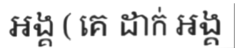
អង្គ ( គេ ដាក់ អង្គ